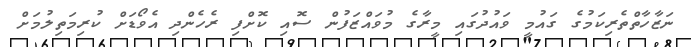
ނަޒާހާތްތެރިކަމުގެ ގައުމީ ވައުދުގައި މީރާގެ މުވައްޒަފުން ސޮއި ކޮށްފި ރެހެންދި އެވޯޑަށް ކުރިމަތިލުމަށް